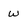
Character: w